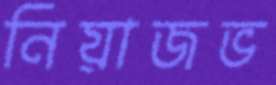
নিয়াজভ